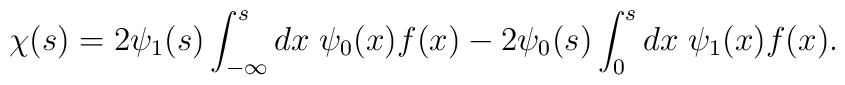
\chi(s) = 2 \psi_1(s) \int_{-\infty}^s dx \; \psi_0(x) f(x) - 2 \psi_0(s) \int_0^s dx \; \psi_1(x) f(x).